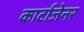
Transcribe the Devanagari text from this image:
कार्टाजेनर